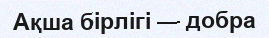
Ақша бірлігі — добра